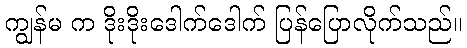
ကျွန်မ က ဒိုးဒိုးဒေါက်ဒေါက် ပြန်ပြောလိုက်သည်။